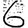
Digit: 6